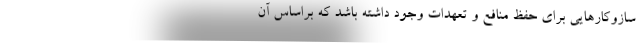
سازوکارهایی برای حفظ منافع و تعهدات وجود داشته باشد که براساس آن